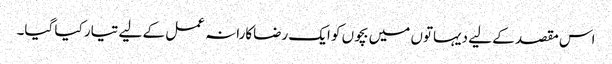
اس مقصد کے لیے دیہاتوں میں بچوں کو ایک رضاکارانہ عمل کے لیے تیار کیا گیا۔